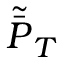
\tilde { \bar { P } } _ { T }